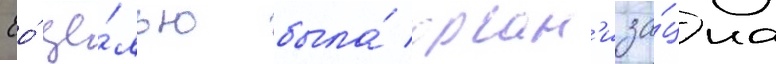
Ео́ це́лью была́ орган'иза́циа